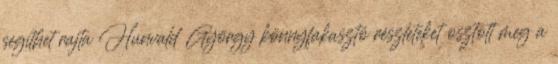
segíthet rajta Hunvald György könnyfakasztó részleteket osztott meg a